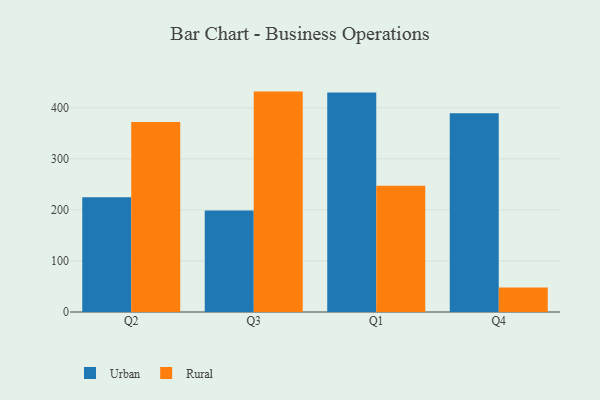
{"axis": {"x": "Quarter", "y": "Revenue (USD Million)"}, "legend": ["Rural", "Urban"], "data": [{"x": "Q2", "y": 224.9, "type": "Urban"}, {"x": "Q2", "y": 372.0, "type": "Rural"}, {"x": "Q3", "y": 198.6, "type": "Urban"}, {"x": "Q3", "y": 431.7, "type": "Rural"}, {"x": "Q1", "y": 429.7, "type": "Urban"}, {"x": "Q1", "y": 247.2, "type": "Rural"}, {"x": "Q4", "y": 389.2, "type": "Urban"}, {"x": "Q4", "y": 47.8, "type": "Rural"}]}